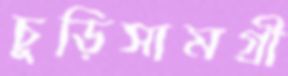
চুড়িসামগ্রী